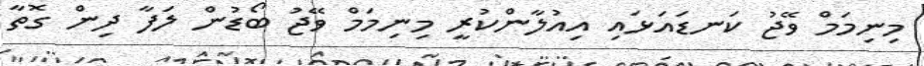
މިނިިިިިމަމް ވޭޖު ކަނޑައަޅައި އިއުލާންކުރީ މިނިމަމް ވޭޖު ބޯޑުން ލަފާ ދިން ގޮތާ